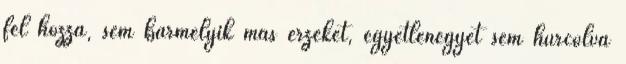
fel hozzá, sem bármelyik más érzékét, egyetlenegyet sem hurcolva